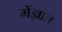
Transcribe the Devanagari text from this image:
मेंज्ञात